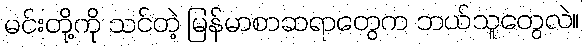
မင်းတို့ကို သင်တဲ့ မြန်မာစာဆရာတွေက ဘယ်သူတွေလဲ။